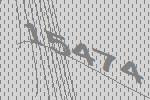
15474